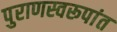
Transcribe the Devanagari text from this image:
पुराणस्वरूपांत